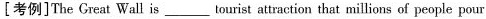
[考例]The Great Wall is\underlinetourist attraction that millions of people pour